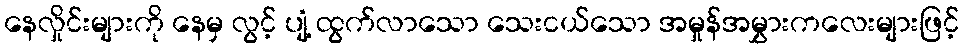
နေလှိုင်းများကို နေမှ လွင့် ပျံ့ ထွက်လာသော သေးငယ်သော အမှုန်အမွှားကလေးများဖြင့်